Annual report on the working of the lock hospitals in the North-Western Provinces and Oudh
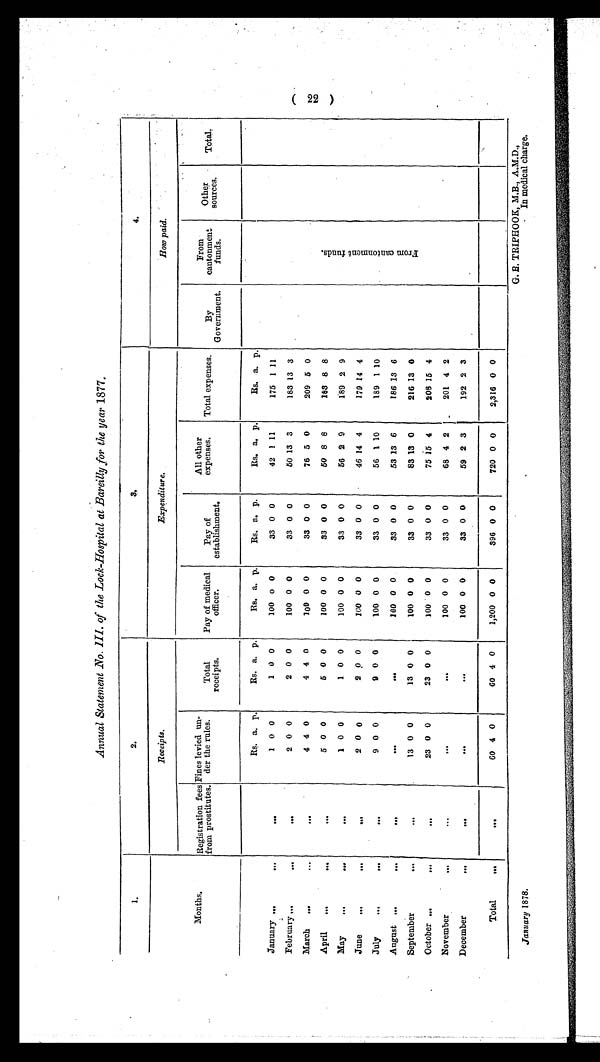
Annual Statement .No. III. of the Lock-Hospital at Bareilly for the year 1877.
1.
2.
3.
4.
Months.
Receipts.
Expenditure.
How paid.
Registration fees
from prostitutes.
Fines levied un-
der the rules.
Total
recei pt s.
Pay of medical
officer.
Pay of
establishment.
All other
expenses.
Total expenses.
By
Government.
From
cantonment
funds.
Other
sources.
Total.
Rs. a. p.
Rs. a. p.
Rs. a. p.
Rs. a. p.
Rs. a. p.
Rs. a. p.
F r o m c a n t o n m e n t f u n d s .
January ...
...
. . .
1 0 0
1 0 0
100 0 0
33 0 0
42 1 11
175 1 11
February ...
. . .
...
2 0 0
2 0 0
100 0 0
33 0 0
50 13 3
183 13 3
March ...
...
. . .
4 4 0
4 4 0
100 0 0
33 0 0
76 5 0
209 5 0
April
...
. . .
. . .
5 0 0
5 0 0
100 0 0
33 0 0
50 8 8
183 8 8
May ...
. . .
. . .
1 0 0
1 0 0
100 0 0
33 0 0
56 2 9
189 2 9
June
...
. . .
. . .
2 0 0
2 0 0
100 0 0
33 0 0
46 14 4
179 14 4
July
...
. . .
. . .
9 0 0
9 0 0
100 0 0
33 0 0
56 1 10
189 1 10
August ...
. . .
. . .
. . .
. . .
100 0 0
33 0 0
53 13 6
186 1 3 6
September
. . .
. . .
13 0 0
13 0 0
100 0 0
33 0 0
83 13 0
216 13 0
October ...
. . .
. . .
23 0 0
23 0 0
100 0 0
33 0 0
75 15 4
208 15 4
November
. . .
. . .
. . .
. . .
100 0 0
33 0 0
68 4 2
201 4 2
December
...
...
. . .
. . .
100 0 0
33 0 0
59 2 3
192 2 3
Total ...
. . .
. . .
60 4 0
60 4 0
1,200 0 0
396 0 0
720 0 0
2,316 0 0
January 1878.
G. R. TRIPHOOK, M.B., A.M.D.,
In medical charge.